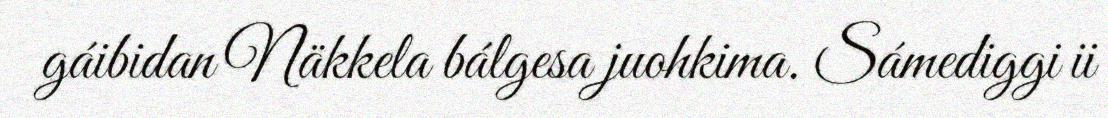
gáibidan Näkkela bálgesa juohkima. Sámediggi ii